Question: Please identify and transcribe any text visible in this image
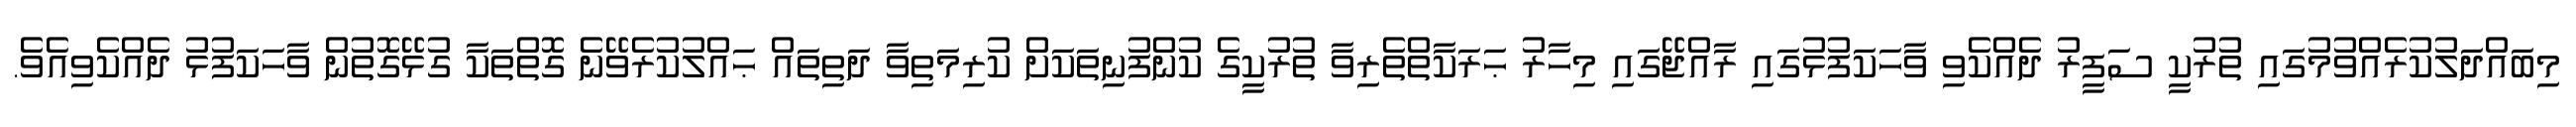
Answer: މިބައްދަލުކުރެއްވުމުގައި ތުރުކީ ސަފީރު ދެއްކެވި ވާހަކަފުޅުގައި ރާއްޖޭގައި މިހާރު ޙަރަކާތްތެރިވާ ތުރުކީގެ ކުންފުނިތަކަށް ކުރިމަތިވާ ދަތިތައް ޙައްލުކުރެވޭނެ ގޮތްތަކާ ގުޅޭގޮތުން ވާހަކަފުޅު ދެއްކެވިއެވެ.